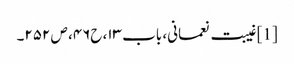
[1] غیبت نعمانی، باب ۱۳، ح۴۶، ص ۲۵۲۔